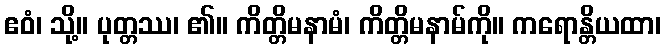
ဧဝံ၊ သို့။ ပုတ္တဿ၊ ၏။ ကိတ္တိမနာမံ၊ ကိတ္တိမနာမ်ကို။ ကရောန္တိယထာ၊